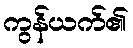
ကွန်ယက်၏